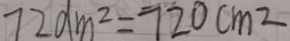
7 2 d m ^ { 2 } = 7 2 0 c m ^ { 2 }